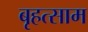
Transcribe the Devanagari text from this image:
बृहत्साम